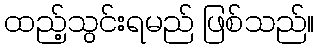
ထည့်သွင်းရမည် ဖြစ်သည်။